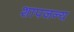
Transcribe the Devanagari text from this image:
शापजन्य